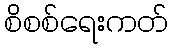
စိစစ်ရေးကတ်